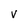
Character: V